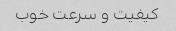
کیفیت و سرعت خوب